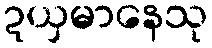
ဍယှမာနေသု